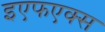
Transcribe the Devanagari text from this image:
इएफएक्स